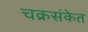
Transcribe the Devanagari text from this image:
चक्रसंकेत